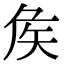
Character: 矦